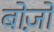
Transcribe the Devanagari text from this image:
बोज़ो